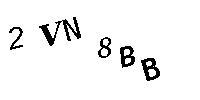
2VN8BB